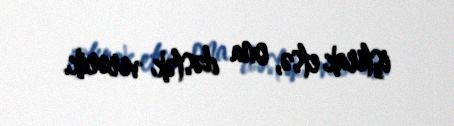
iştirak etsə, ona dəstək verərik.